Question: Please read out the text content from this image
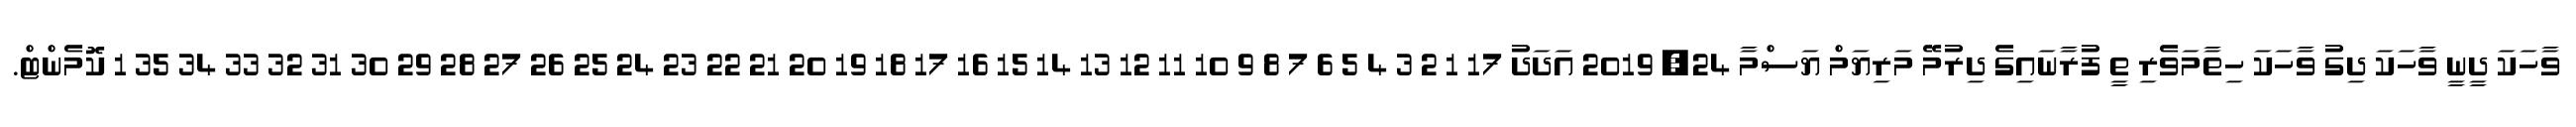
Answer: ވާހަކަ ދީނީ ވާހަކަ ދިގު ވާހަކަ ހިތާމަވެރި ތީ ފުރާނައިގެ ދިރުމޭ މަރިޔަމް ޔަސްމާ 24, 2019 އަދަދު 17 1 2 3 4 5 6 7 8 9 10 11 12 13 14 15 16 17 18 19 20 21 22 23 24 25 26 27 28 29 30 31 32 33 34 35 1 ކޮމެންޓް.